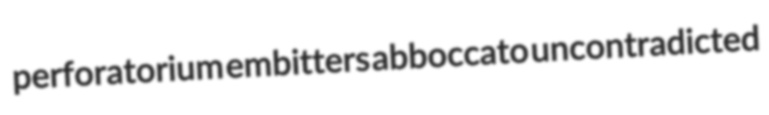
perforatorium embitters abboccato uncontradicted